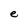
Character: e